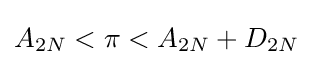
A_{2N}<\pi <A_{2N}+D_{2N}